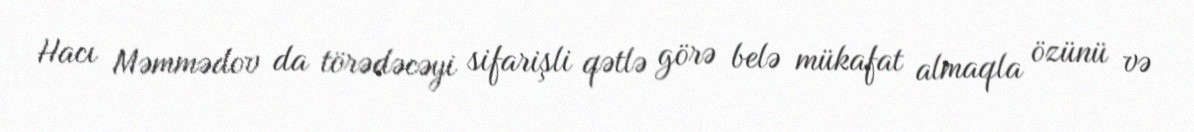
Hacı Məmmədov da törədəcəyi sifarişli qətlə görə belə mükafat almaqla özünü və